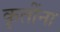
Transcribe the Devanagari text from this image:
कृतींना